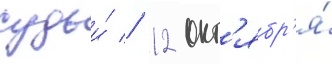
судьи́ // 12 окт'ябр'я́